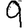
Digit: 9